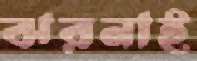
ঝরনাই